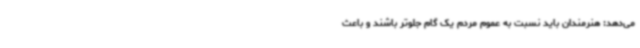
می‌دهد: هنرمندان باید نسبت به عموم مردم یک گام جلوتر باشند و باعث